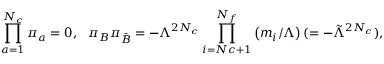
\prod _ { a = 1 } ^ { N _ { c } } \pi _ { a } = 0 , \ \ \pi _ { B } \pi _ { \bar { B } } = - \Lambda ^ { 2 N _ { c } } \prod _ { i = N c + 1 } ^ { N _ { f } } \left( m _ { i } / \Lambda \right) ( = - { \tilde { \Lambda } } ^ { 2 N _ { c } } ) ,